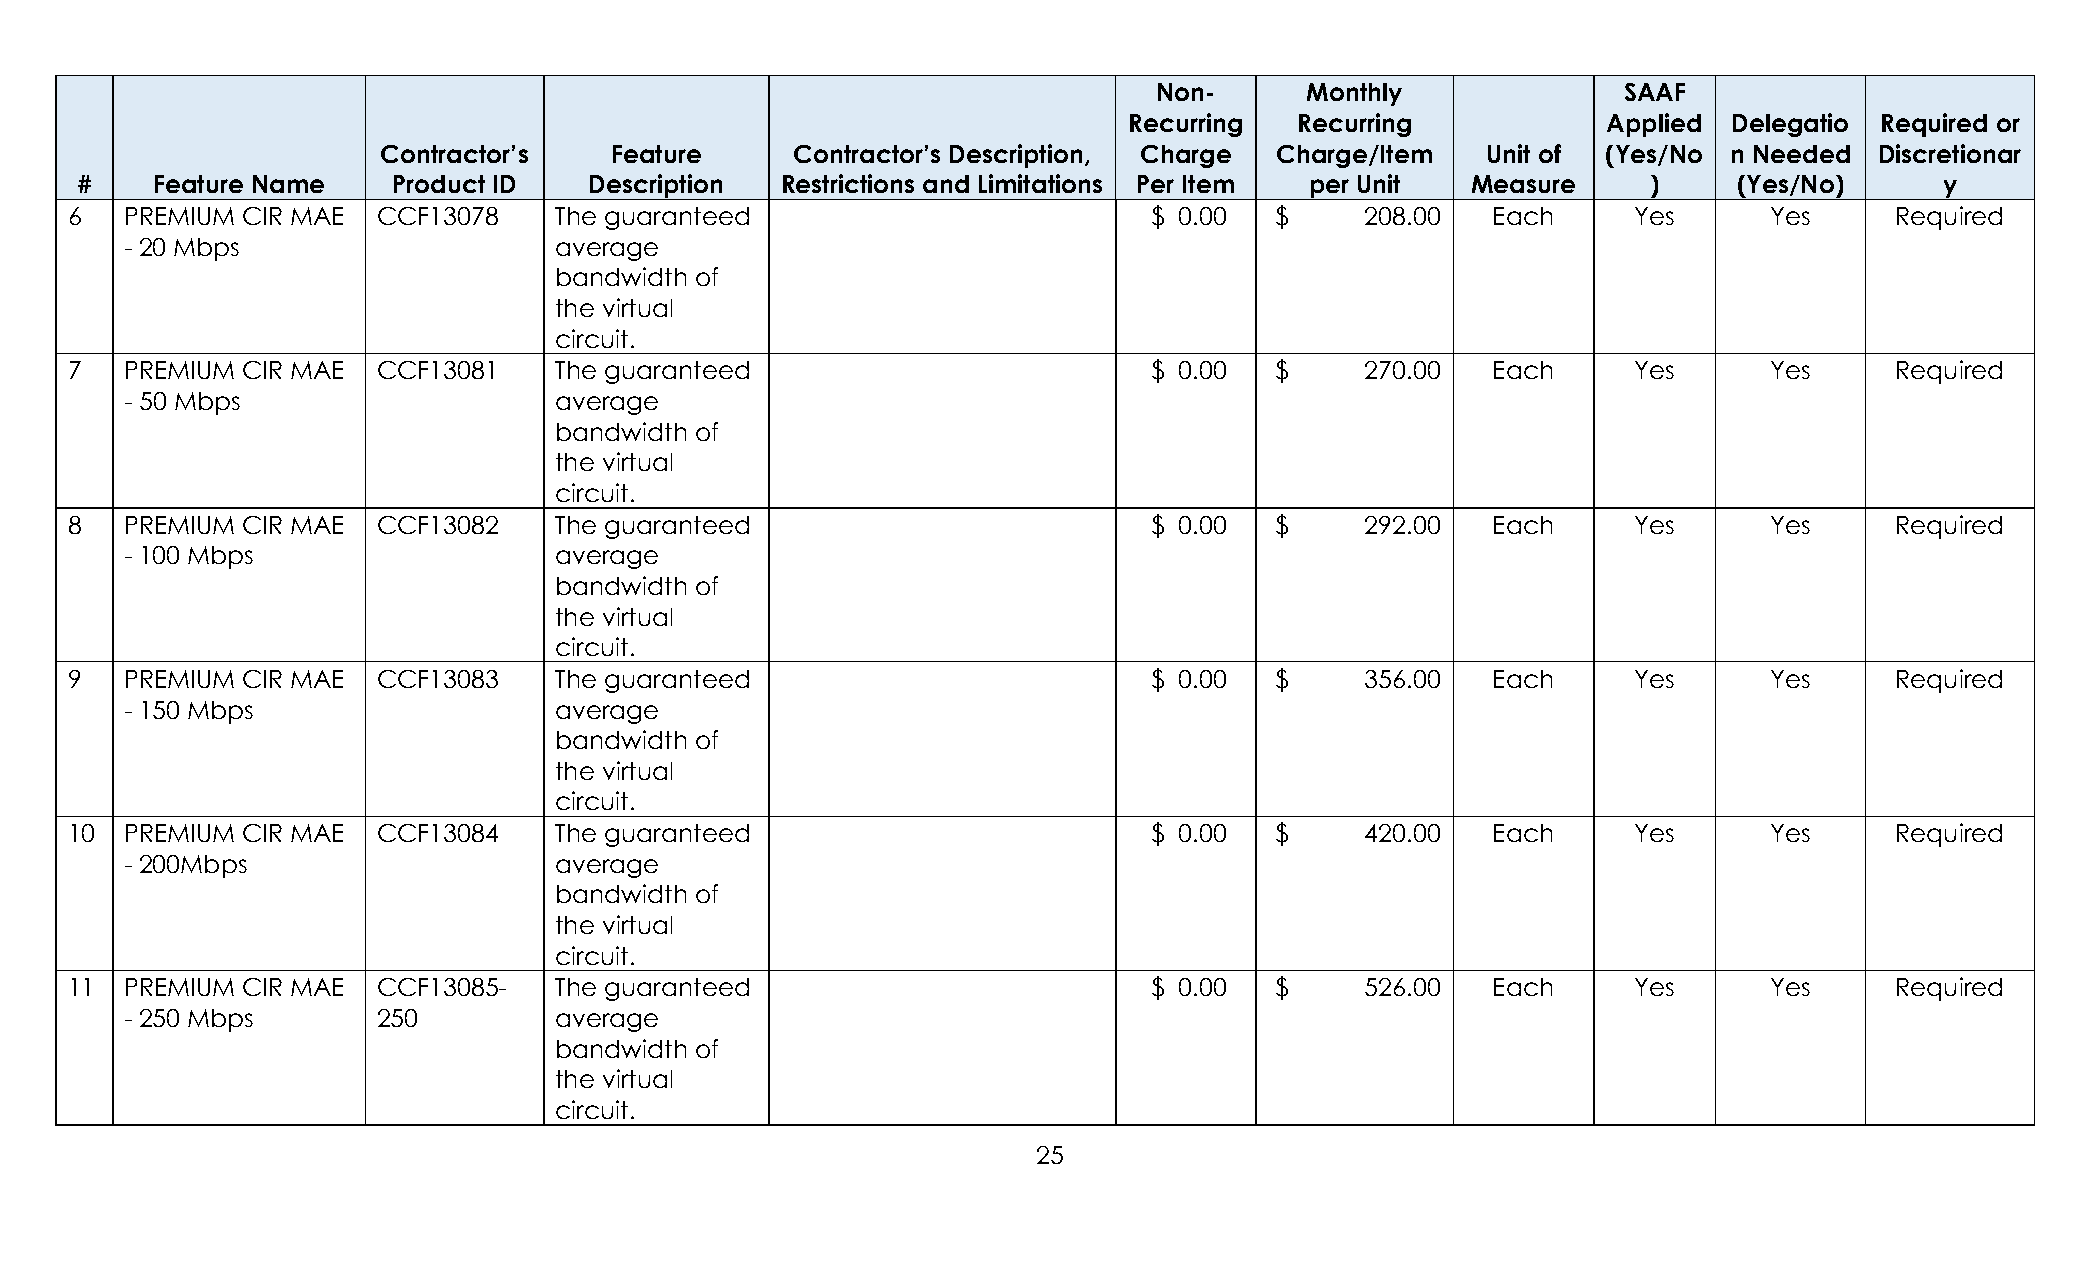
Non-     Monthly              SAAF
 Recurring  Recurring           Applied  Delegatio Required or
 Contractor’s   Feature      Contractor’s Description, Charge Charge/Item Unit of (Yes/No  n Needed Discretionar
 #    Feature Name    Product ID   Description  Restrictions and Limitations Per Item per Unit Measure   )     (Yes/No)      y
 6   PREMIUM CIR MAE  CCF13078    The guaranteed                         $ 0.00  $     208.00   Each     Yes      Yes     Required
 - 20 Mbps                    average
 bandwidth of
 the virtual
 circuit.
 7   PREMIUM CIR MAE  CCF13081    The guaranteed                         $ 0.00  $     270.00   Each     Yes      Yes     Required
 - 50 Mbps                    average
 bandwidth of
 the virtual
 circuit.
 8   PREMIUM CIR MAE  CCF13082    The guaranteed                         $ 0.00  $     292.00   Each     Yes      Yes     Required
 - 100 Mbps                   average
 bandwidth of
 the virtual
 circuit.
 9   PREMIUM CIR MAE  CCF13083    The guaranteed                         $ 0.00  $     356.00   Each     Yes      Yes     Required
 - 150 Mbps                   average
 bandwidth of
 the virtual
 circuit.
 10  PREMIUM CIR MAE  CCF13084    The guaranteed                         $ 0.00  $     420.00   Each     Yes      Yes     Required
 - 200Mbps                    average
 bandwidth of
 the virtual
 circuit.
 11  PREMIUM CIR MAE  CCF13085-   The guaranteed                         $ 0.00  $     526.00   Each     Yes      Yes     Required
 - 250 Mbps       250         average
 bandwidth of
 the virtual
 circuit.
 25